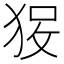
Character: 𱭽